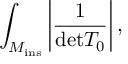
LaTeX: \int _ { { \cal M } _ { \mathrm { i n s } } } \left\vert \frac { 1 } { \mathrm { d e t } T _ { 0 } } \right\vert ,